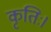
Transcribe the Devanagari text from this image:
कृतिः।